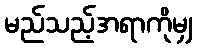
မည်သည့်အရာကိုမျှ